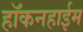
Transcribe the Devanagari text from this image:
हॉकनहाईम